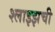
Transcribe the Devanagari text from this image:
श्लाइझची